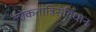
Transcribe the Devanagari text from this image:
लोकतांत्रिसंविधान